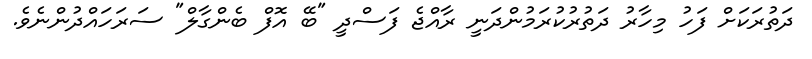
ދަތުރަކަށް ފަހު މިހާރު ދަތުރުކުރަމުންދަނީ ރާއްޖެ ފަސްދީ "ބޭ އޮފް ބެންގާލް" ސަރަހައްދުންނެވެ.